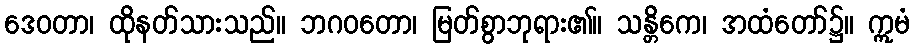
ဒေဝတာ၊ ထိုနတ်သားသည်။ ဘဂဝတော၊ မြတ်စွာဘုရား၏။ သန္တိကေ၊ အထံတော်၌။ ဣမံ